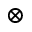
\otimes